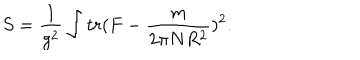
S = \frac { 1 } { g ^ { 2 } } \int t r ( F - \frac { m } { 2 \pi N R ^ { 2 } } ) ^ { 2 } .